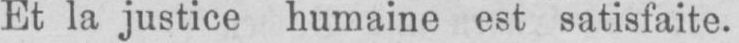
Et la justice humaine est satisfaite.